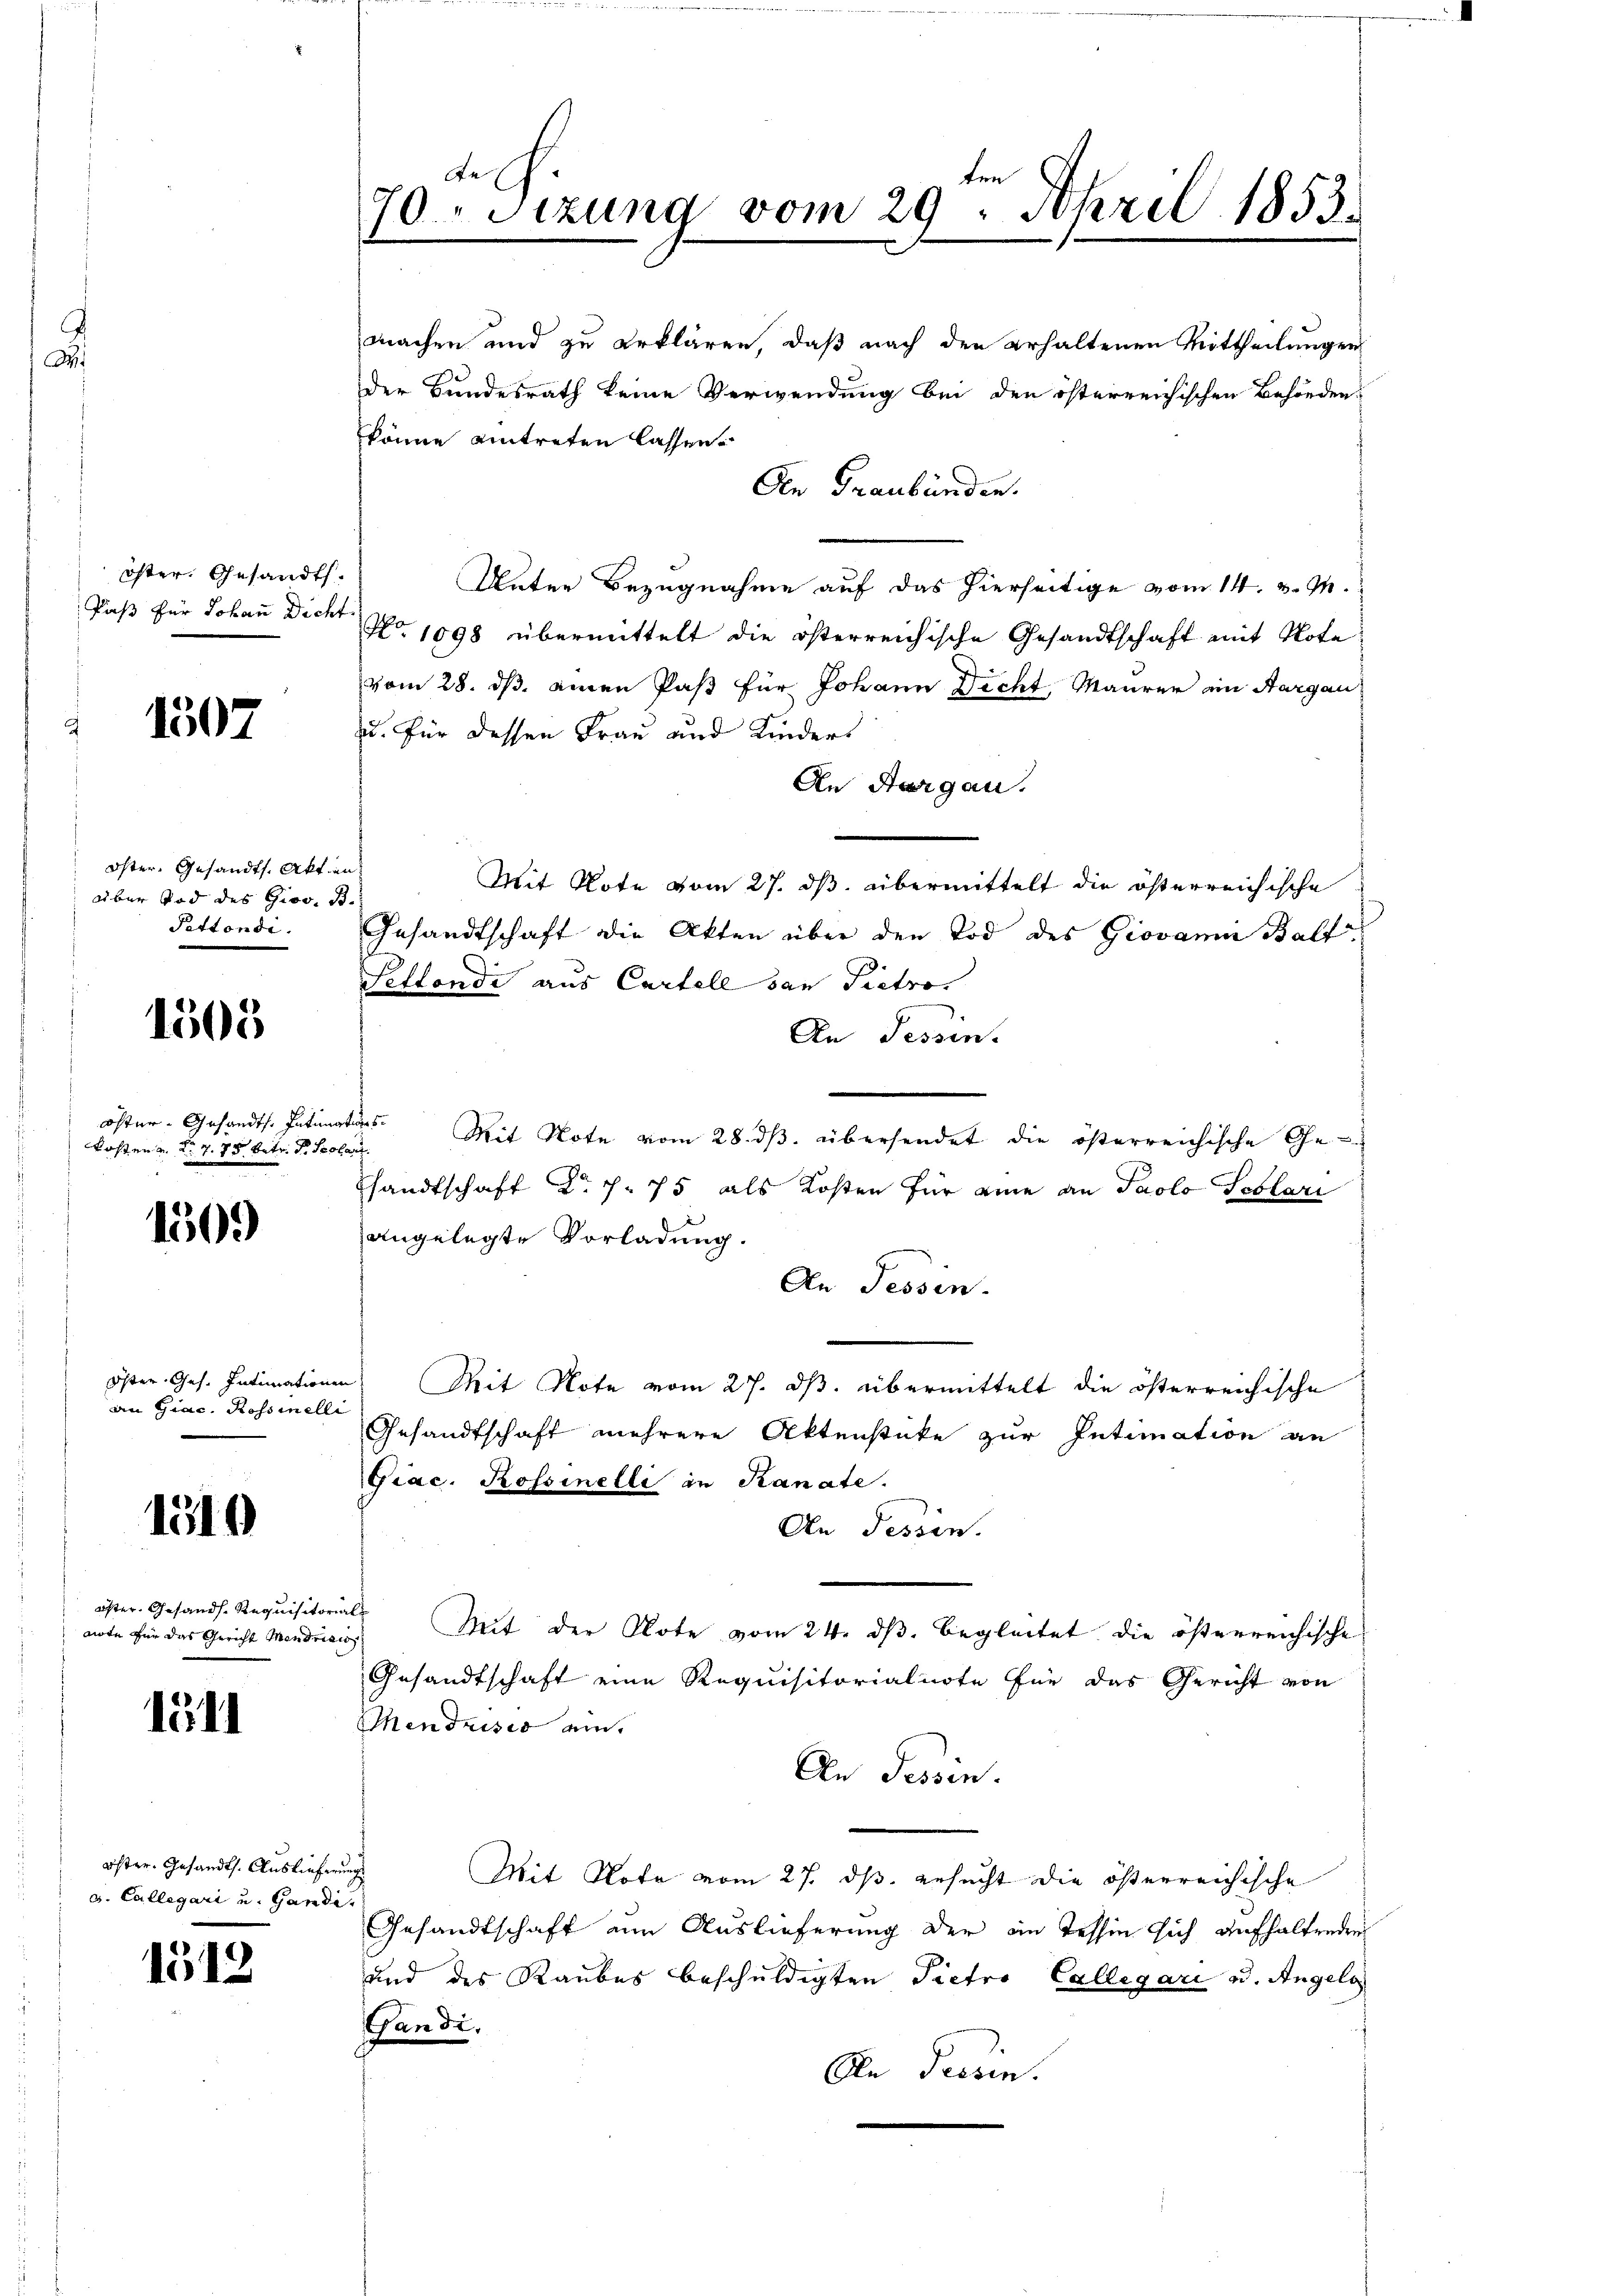
öster, Gesandts
Faß für Johann Dicht.

1307

Öster. Gesandts. Akt an
über Tod des Gios. B.
Pettondi.

1505

coster- Gesandts. Intimators.
kosten v. dr. v. 75 betr. d. Solari

1509

Öster Ges. Intimationen
an Giac. Rossinelli

1510

eister. Gesands. Requisitorials
note für das Gericht Mendrisis

111

öster. Gesandts. Auslieferung
d. Collegari u. Gandi,

1512

de
ten
70. Sizung vom 29. April 1853.

machen und zu erklären, daß nach den erhaltenen Mittheilungen
der Bundesrath keine Verwendung bei den österreichischen Behörden.
könne eintreten lassen.
Den Graubünden.
Auter Bezugnahme auf das hierseitige vom 14. v. M.
No 1098 übermittelt die österreichische Gesandtschaft mit Note
vom 28. ds. einen Paß für Johann Dicht, Maurer ein Aargau
u. für dessen Frau und Kinders
An Aargau.
Mit Note vom 27. ds. übermittelt die österreichische
Gesandtschaft die Akten über den Tod des Giovan Balt
Pellendi aus Cartell dan Pietro
An Tessin.
Mit Note vom 28. ds. übersendet die österreichische Gesandtschaft Nr. 7. 75 als Kosten für eine an Paolo Peblazi
angelegte Vorladung.
An Tessin.
Mit Note vom 27. ds. übermittelt die österreichische
Gesandtschaft mehrere Aktenstüke zur Intimation an
Giac. Rossinelli in Kanate.
An Tessin.
Mit der Note vom 24. ds. begleitet die österreichische
Gesandtschaft eine Requisitorialnote für das Gericht von
Mendrisis am
An Tessin.
Mit Note vom 27. ds. gesucht die österreichische
Gesandtschaft um Auslieferung der ein Tessin sich aufhaltenden
und des Raubes beschuldigten Pietro Collegari u. Angelg
Gandi,
An Tessin.